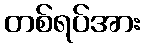
တစ်ရပ်အား